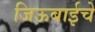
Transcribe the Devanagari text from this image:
जिऊबाईचे